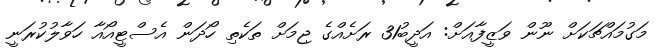
މަގުމައްޗަކަށް ނޫން ވަޒީފާއަށް: އަދީބު31 ރަށެއްގެ ޖިމަށް ތަކެތި ހޯދަން އެސްޓީއޯއާ ހަވާލުކުރަނީ